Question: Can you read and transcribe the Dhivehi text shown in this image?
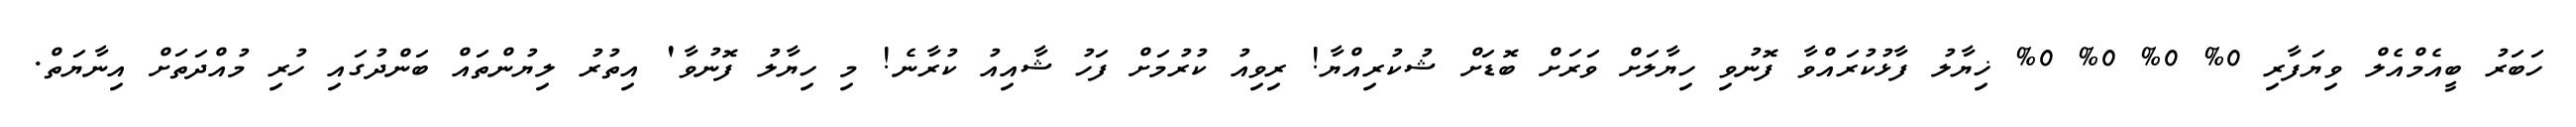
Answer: ހަބަރު ބީއެމްއެލް ވިޔަފާރި 0% 0% 0% 0% ޚިޔާލު ފާޅުކުރައްވާ ފޮނުވި ހިޔާލަށް ވަރަށް ބޮޑަށް ޝުކުރިއްޔާ! ރިވިއު ކުރުމަށް ފަހު ޝާއިއު ކުރާނެ! މި ހިޔާލު ފޮނުވާ' އިތުރު ލިޔުންތައް ބަންދުގައި ހުރި މުއްދަތަށް އިނާޔަތް.